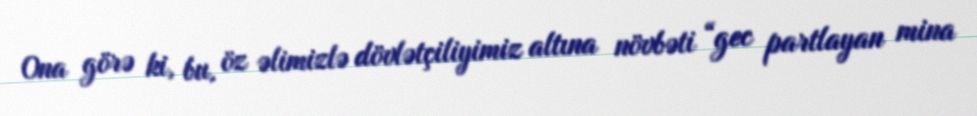
Ona görə ki, bu, öz əlimizlə dövlətçiliyimiz altına növbəti “gec partlayan mina